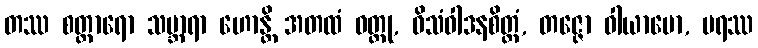
တဿ စတ္တာရော သမ္ဘာရာ ဟောန္တိ အတထံ ဝတ္ထု, ဝိသံဝါဒနစိတ္တံ, တဇ္ဇော ဝါယာမော, ပရဿ